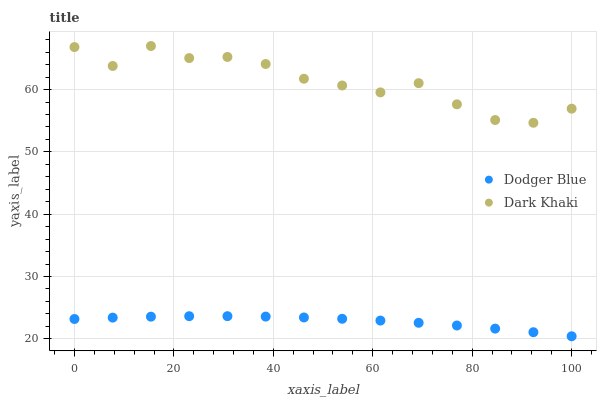
| xaxis_label | Dodger Blue | Dark Khaki |
 | --- | --- | --- |
 | 0 | 23.2 | 66.8 |
 | 7.69 | 23.4 | 63.8 |
 | 15.4 | 23.6 | 67 |
 | 23.1 | 23.6 | 65.1 |
 | 30.8 | 23.6 | 65.2 |
 | 38.5 | 23.6 | 64.1 |
 | 46.2 | 23.4 | 61.7 |
 | 53.8 | 23.2 | 60.7 |
 | 61.5 | 22.9 | 59.6 |
 | 69.2 | 22.6 | 61 |
 | 76.9 | 22.1 | 57.6 |
 | 84.6 | 21.6 | 55.1 |
 | 92.3 | 21.1 | 54.7 |
 | 100 | 20.4 | 56.9 |